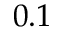
0 . 1